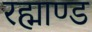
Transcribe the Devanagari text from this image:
रह्माण्ड